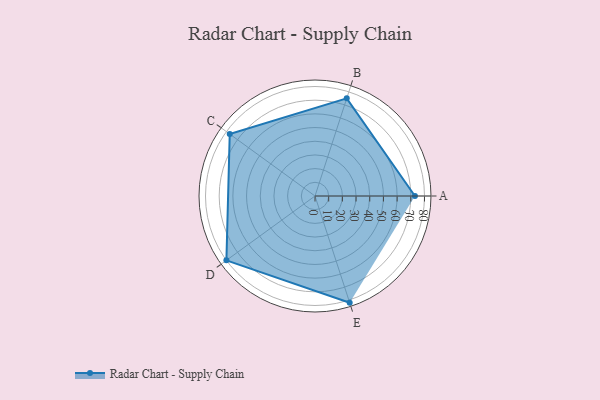
{"axis": {"x": "Skill", "y": "Score"}, "legend": ["Profile"], "data": [{"x": "A", "y": 73.0, "type": "Profile"}, {"x": "B", "y": 75.0, "type": "Profile"}, {"x": "C", "y": 77.0, "type": "Profile"}, {"x": "D", "y": 80.0, "type": "Profile"}, {"x": "E", "y": 82.0, "type": "Profile"}]}